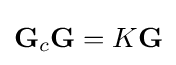
{\textbf {G}}_{c}{\textbf {G}}=K{\textbf {G}}